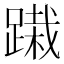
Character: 𨃭